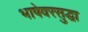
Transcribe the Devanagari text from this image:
भाषेवरसुद्धा